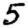
Digit: 5